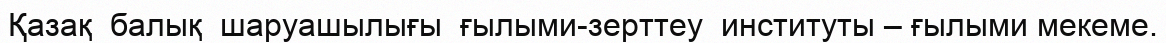
Қазақ  балық  шаруашылығы  ғылыми-зерттеу  институты – ғылыми мекеме.